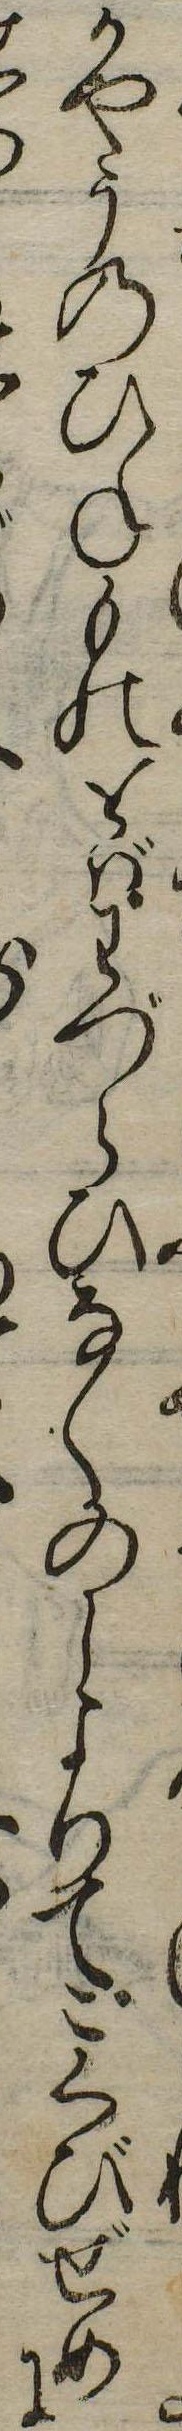
かやうのひねものをばわづらひなくのしよりてこくびぜめに